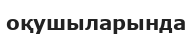
оқушыларында